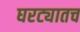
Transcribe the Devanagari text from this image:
घरट्यातच